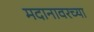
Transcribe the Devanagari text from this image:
मदानावरच्या